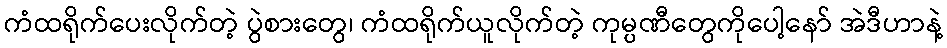
ကံထရိုက်ပေးလိုက်တဲ့ ပွဲစားတွေ၊ ကံထရိုက်ယူလိုက်တဲ့ ကုမ္ပဏီတွေကိုပေါ့နော် အဲဒီဟာနဲ့